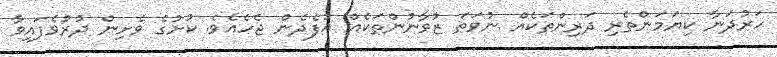
ހަރުދަނާ ކިޔަމަންތެރި ދަރިންތަކެއް ނުވަތަ ޒުވާނުންތަކެއް އުފެދެން ޖެހެއެވެ. ކުށުގެ ވެށިން ދުރުވެފައިވާ